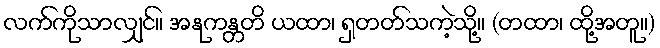
လက်ကိုသာလျှင်။ အနုကန္တတိ ယထာ၊ ရှတတ်သကဲ့သို့။ (တထာ၊ ထို့အတူ။)